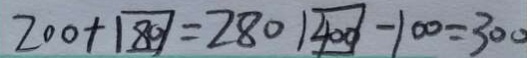
2 0 0 + 8 0 = 2 8 0 4 0 0 - 1 0 0 = 3 0 0